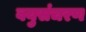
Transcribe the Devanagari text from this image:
वयुसंचरण